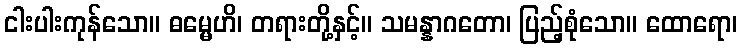
ငါးပါးကုန်သော။ ဓမ္မေဟိ၊ တရားတို့နှင့်။ သမန္နာဂတော၊ ပြည့်စုံသော။ ထောရော၊